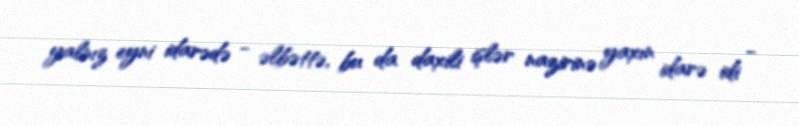
yalnız eyni idarədə - əlbəttə, bu da daxili işlər nazirinə yaxın idarə idi -